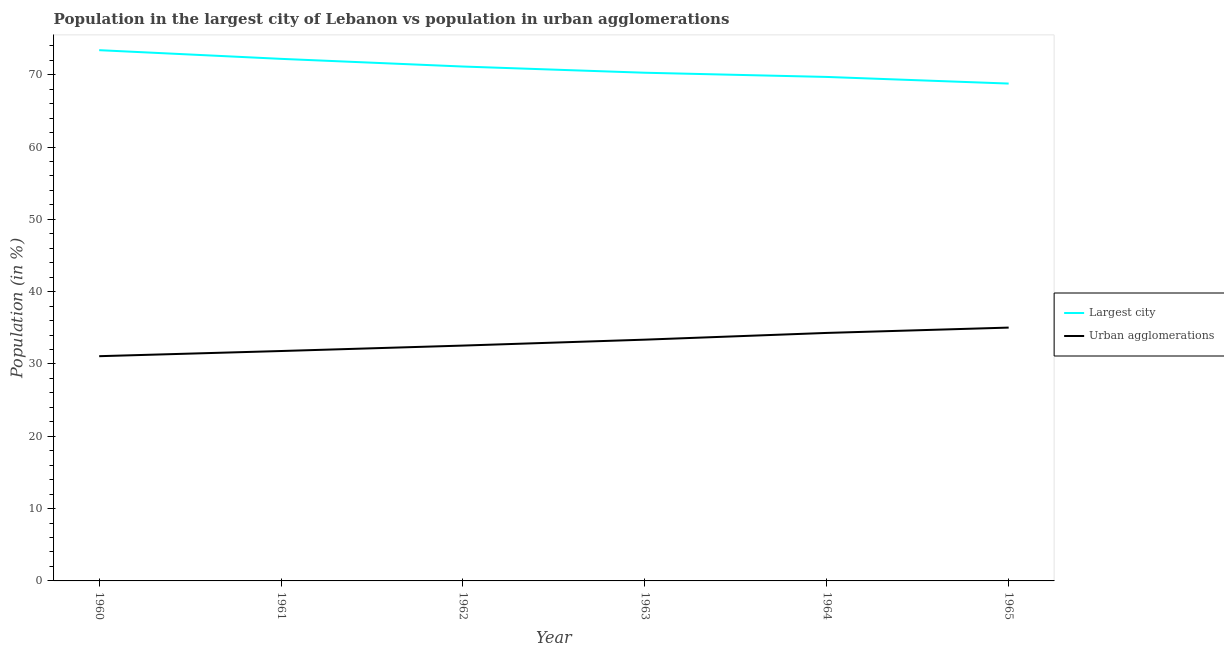
| Year | Largest city | Urban agglomerations |
 | --- | --- | --- |
 | 1960 | 73.4 | 31.1 |
 | 1961 | 72.2 | 31.8 |
 | 1962 | 71.1 | 32.5 |
 | 1963 | 70.3 | 33.4 |
 | 1964 | 69.7 | 34.3 |
 | 1965 | 68.8 | 35 |